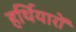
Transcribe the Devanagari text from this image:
हर्थियारों